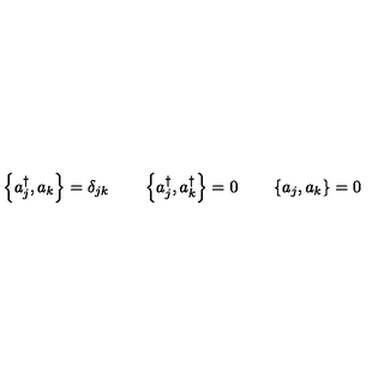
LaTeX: \left\{ a _ { j } ^ { \dagger } , a _ { k } \right\} = \delta _ { j k } \qquad \left\{ a _ { j } ^ { \dagger } , a _ { k } ^ { \dagger } \right\} = 0 \qquad \left\{ a _ { j } , a _ { k } \right\} = 0